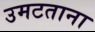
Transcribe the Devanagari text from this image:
उमटताना